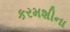
કરમશીના